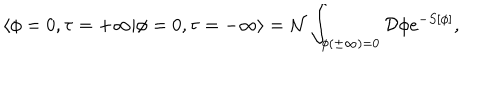
LaTeX: \langle \phi = 0 , \tau = + \infty | \phi = 0 , \tau = - \infty \rangle = { \cal N } \int _ { \phi ( \pm \infty ) = 0 } { \cal D } \phi e ^ { - S [ \phi ] } ,